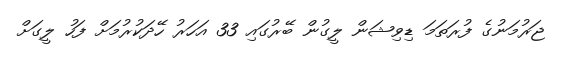
ޖަރުމަނުގެ ފުރަތަމަ ޑިވިޝަން ލީގުން ބޭރުގައި 33 އަހަރު ހޭދަކުރުމަށް ފަހު ލީގަށް